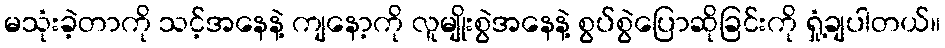
မသုံးခဲ့တာကို သင့်အနေနဲ့ ကျနော့ကို လူမျိုးစွဲအနေနဲ့ စွပ်စွဲပြောဆိုခြင်းကို ရှုံ့ချပါတယ်။